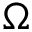
\Omega